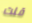
قلت